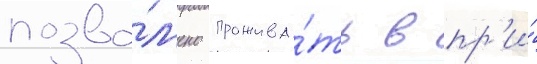
позво́л'ено прожива́ть в пр'и́